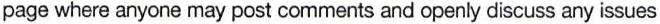
page where anyone may post comments and openly discuss any issues